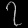
Digit: ၇